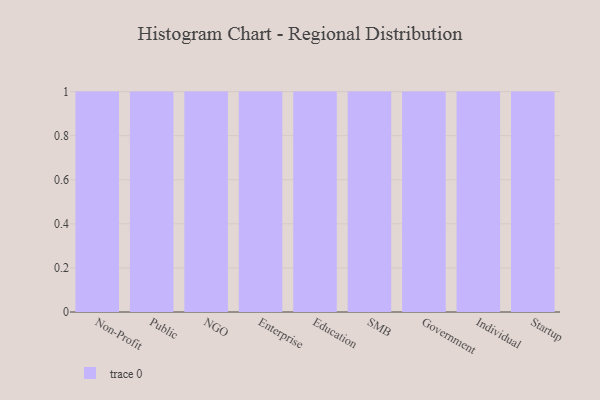
{"axis": {"x": "Segment", "y": "Budget (USD K)"}, "legend": [""], "data": [{"x": "Non-Profit", "y": 72, "type": ""}, {"x": "Public", "y": 68, "type": ""}, {"x": "NGO", "y": 4, "type": ""}, {"x": "Enterprise", "y": 19, "type": ""}, {"x": "Education", "y": 95, "type": ""}, {"x": "SMB", "y": 40, "type": ""}, {"x": "Government", "y": 22, "type": ""}, {"x": "Individual", "y": 69, "type": ""}, {"x": "Startup", "y": 44, "type": ""}]}